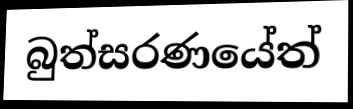
බුත්සරණයේත්